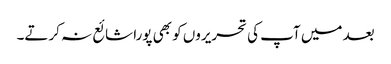
بعد میں آپ کی تحریروں کو بھی پورا شائع نہ کرتے۔